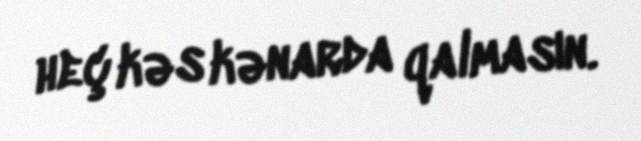
heç kəs kənarda qalmasın.